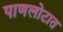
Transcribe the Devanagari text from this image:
पाणलोटात